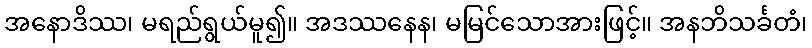
အနောဒိဿ၊ မရည်ရွယ်မူ၍။ အဒဿနေန၊ မမြင်သောအားဖြင့်။ အနဘိသင်္ခတံ၊